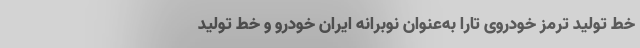
خط تولید ترمز خودروی تارا به‌عنوان نوبرانه ایران خودرو و خط تولید